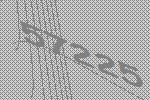
57225